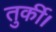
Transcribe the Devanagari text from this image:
तुर्की।